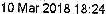
10 MAR 2018 18:24